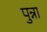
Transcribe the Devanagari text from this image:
पुन्ना